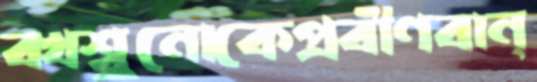
বখশ্ব্রুনোকেপ্রবীণবান্